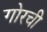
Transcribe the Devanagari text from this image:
गोरची